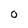
Character: 0